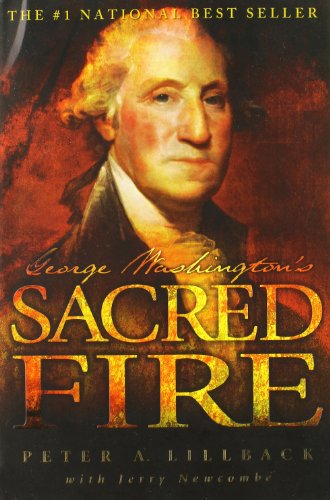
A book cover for George Washington's Sacred Fire; Peter A. Lillback; History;